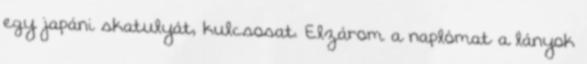
egy japáni skatulyát, kulcsosat. Elzárom a naplómat a lányok